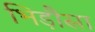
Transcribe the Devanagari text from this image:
भिड़ौसा